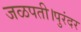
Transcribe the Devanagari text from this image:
जळपती।पुरंदर